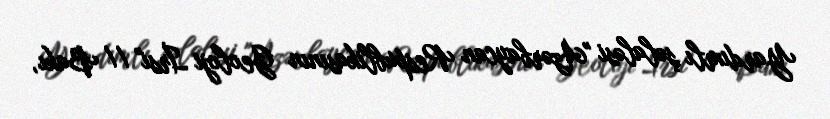
Yardımlı şəlaləsi "Azərbaycan Respublikasının Geoloji İrsi" // Bakı,